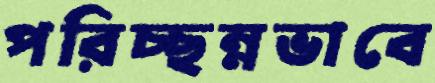
পরিচ্ছন্নভাবে